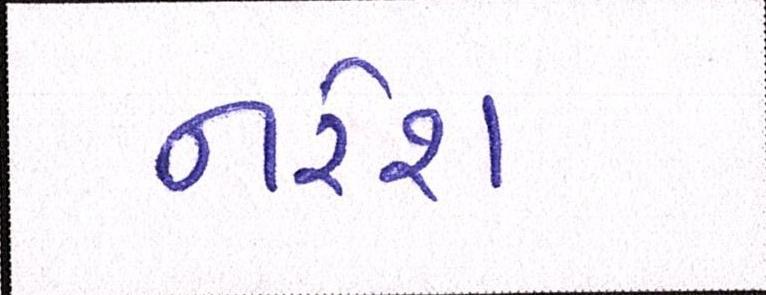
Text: નરેશ